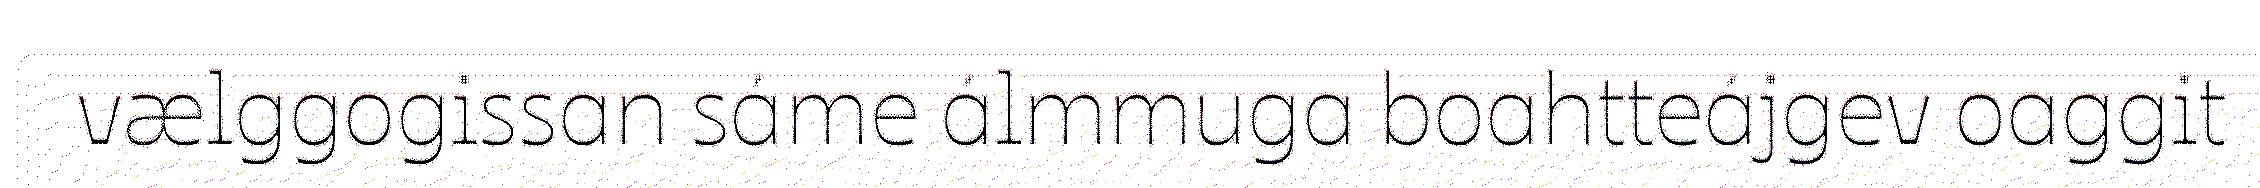
vælggogissan sáme álmmuga boahtteájgev oaggit